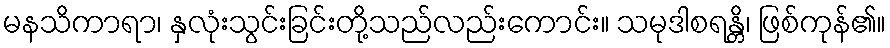
မနသိကာရာ၊ နှလုံးသွင်းခြင်းတို့သည်လည်းကောင်း။ သမုဒါစရန္တိ၊ ဖြစ်ကုန်၏။